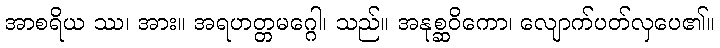
အာစရိယ ဿ၊ အား။ အရဟတ္တမဂ္ဂေါ၊ သည်။ အနုစ္ဆဝိကော၊ လျောက်ပတ်လှပေ၏။